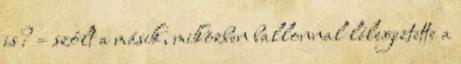
is? – szólt a másik, miközben ballonnal lélegeztette a